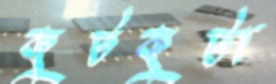
কুটকুটা